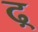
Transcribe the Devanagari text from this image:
ढ़्